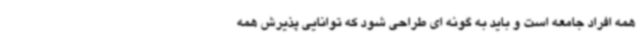
همه افراد جامعه است و باید به گونه ای طراحی شود که توانایی پذیرش همه